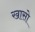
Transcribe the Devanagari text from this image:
खासो